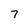
Character: 7